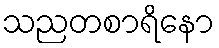
သညတစာရိနော